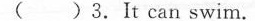
( )3.It can swim.